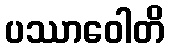
ပဿာဝေါတိ